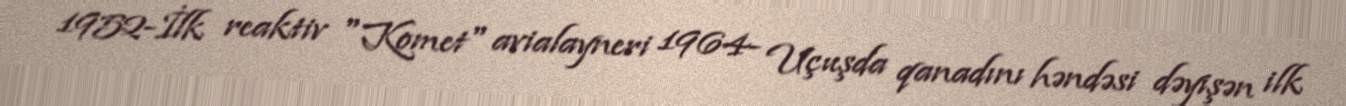
1952-İlk reaktiv "Komet" avialayneri 1964- Uçuşda qanadını həndəsi dəyişən ilk